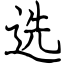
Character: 选